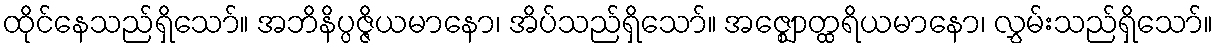
ထိုင်နေသည်ရှိသော်။ အဘိနိပ္ပဇ္ဇိယမာနော၊ အိပ်သည်ရှိသော်။ အဇ္ဈောတ္ထရိယမာနော၊ လွှမ်းသည်ရှိသော်။